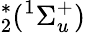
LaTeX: ^{*}_{2}(^{1}\Sigma_{u}^{+})